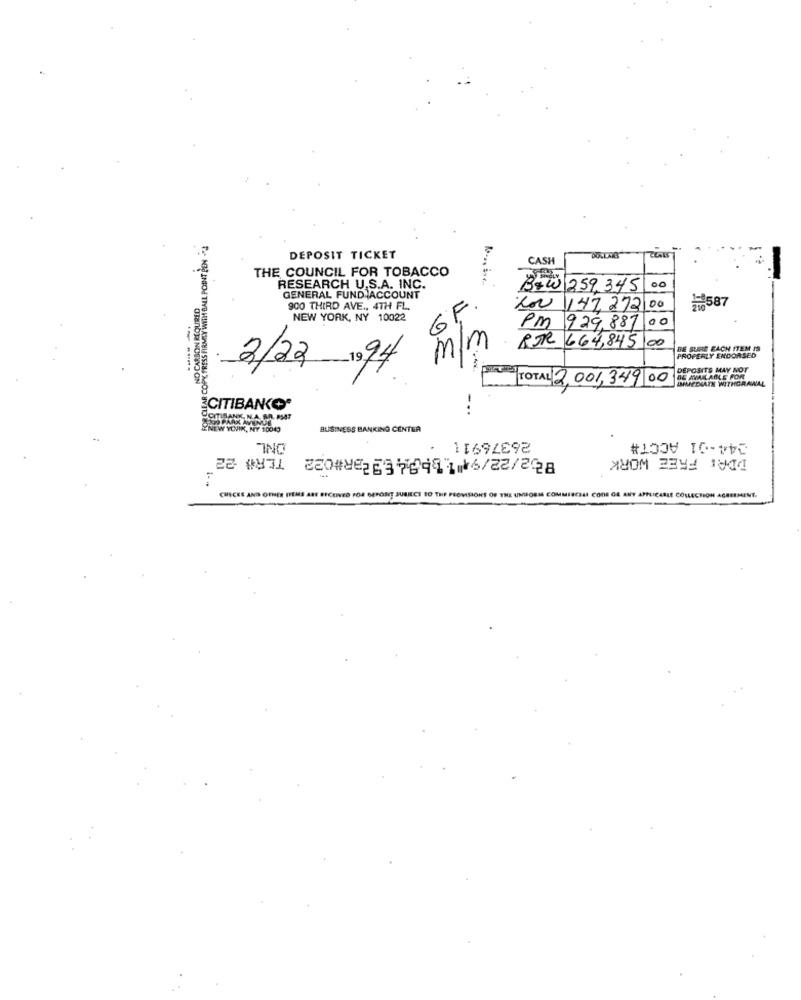
LEAR COPY PRESS FIRMLY WITH BALL POINT PEN -
DEPOSIT TICKET
CASH
DOLLARS
THE COUNCIL FOR TOBACCO
RESEARCH U.S.A. INC.
B&W 259,345
NO CARBON REQURED
GENERAL FUND ACCOUNT
₦587
900 THIRD AVE ., 4TH FL.
GF.
200 147, 272 00
NEW YORK, NY 10022
PM
100
929,887
m/m
RJR 664,845 00
BE SURE EACH ITEM IS
PROPERLY ENDORSED
DEPOSITS MAY NOT
2/22- 1994
TOTAL 2 001,349 00
BE AVAILABLE FOR
IMMEDIATE WITHGRAWAL
CITIBANK"
-..
NEW YOVIK, NY 10043
BUSINESS BANKING CENTER
26376911
244-01 ACCT#
TER# 22
DDA: FREE WORK
CHECKS AND OTHER ITEMS ARE RECEIVED FOR DEPOSIT SUBJECT TO THE PROVISIONS OF THE UNIFORM COMMISESAI CODE GE ANY APPLICABLE COLLECTION AGREEMENT.